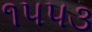
૧૫૫૩